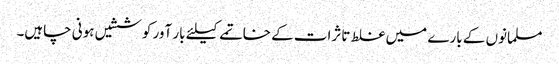
مسلمانوں کے بارے میں غلط تاثرات کے خاتمے کیلئے بار آور کوششیں ہونی چاہیں۔